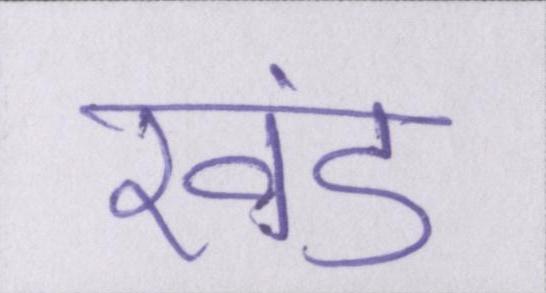
खंड